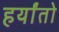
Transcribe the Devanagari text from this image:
हर्यांतो